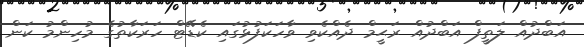
އަބްދުއް ލަތީފް އަބްދުއް ރަޙީމް ދެއްކެވި ވާހަކަފުޅުގައި ކެޑޭޓް ހަރަކާތުގެ މުހިންމު ކަން